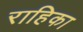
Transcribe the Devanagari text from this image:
राहिका